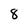
Character: 8